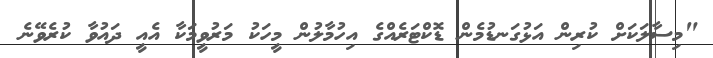
"މިސާލަކަށް ކުރިން އަޅުގަނޑުމެން ޑޮކްޓަރެއްގެ އިހުމާލުން މީހަކު މަރުވީމަކާ އެއީ ދައުވާ ކުރެވޭނެ